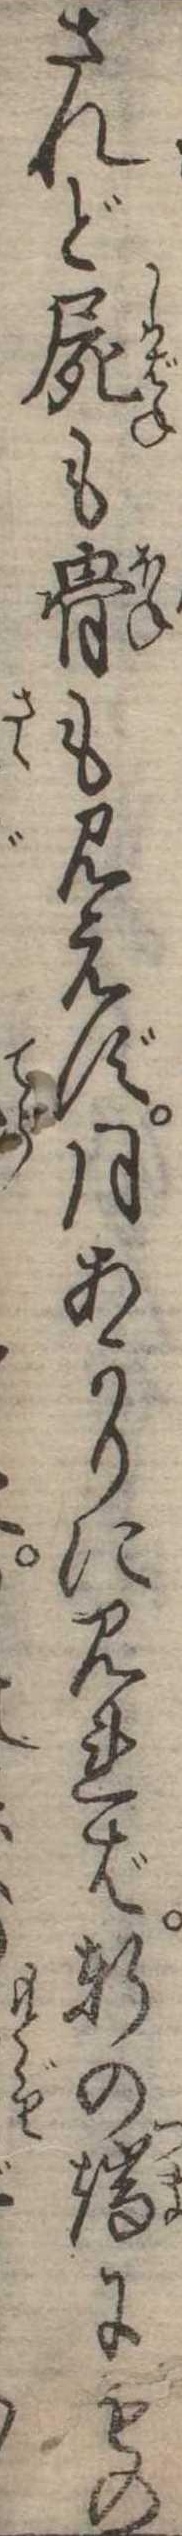
されど屍も骨も見えず月あかりに見れば軒の端にもの